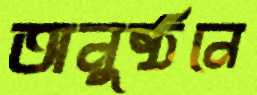
অনুষ্ঠনে